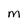
Character: m